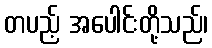
တပည့် အပေါင်းတို့သည်၊